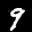
Label: 9